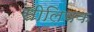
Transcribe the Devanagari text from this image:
सीलियक